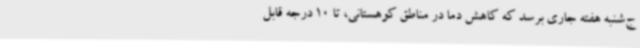
ج‌شنبه هفته جاری برسد که کاهش دما در مناطق کوهستانی، تا 10 درجه قابل